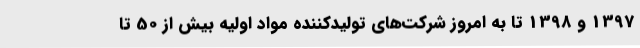
1397 و 1398 تا به امروز شرکت‌های تولیدکننده مواد اولیه بیش از 50 تا